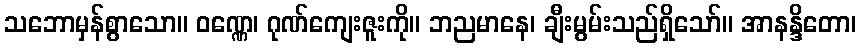
သဘောမှန်စွာသော။ ဝဏ္ဏေ၊ ဂုဏ်ကျေးဇူးကို။ ဘညမာနေ၊ ချီးမွမ်းသည်ရှိသော်။ အာနန္ဒိတော၊